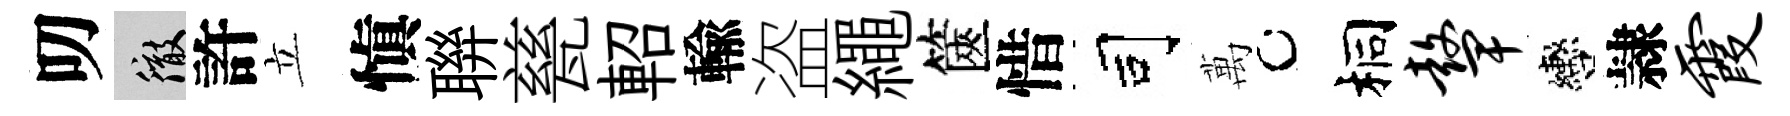
叨徹許立愼聨甆軺輸盗繩篋惜司萬桐鼙轡隷霞